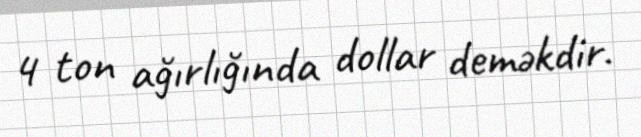
4 ton ağırlığında dollar deməkdir.